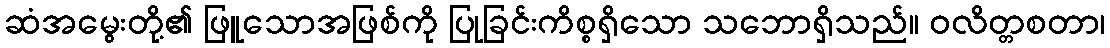
ဆံအမွေးတို့၏ ဖြူသောအဖြစ်ကို ပြုခြင်းကိစ္စရှိသော သဘောရှိသည်။ ဝလိတ္တစတာ၊